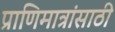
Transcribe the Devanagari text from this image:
प्राणिमात्रांसाठी